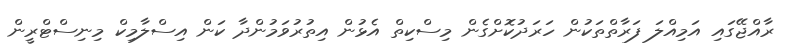
ރާއްޖޭގައި އަމިއްލަ ފަރާތްތަކުން ހަރަދުކޮށްގެން މިސްކިތް އެޅުން އިތުރުވަމުންދާ ކަން އިސްލާމިކް މިނިސްޓްރީން